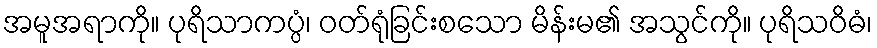
အမူအရာကို။ ပုရိသာကပ္ပံ၊ ဝတ်ရုံခြင်းစသော မိန်းမ၏ အသွင်ကို။ ပုရိသဝိဓံ၊